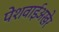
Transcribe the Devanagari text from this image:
पेशवाईअखेर